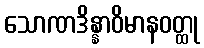
သောဏဒိန္နာဝိမာနဝတ္ထု